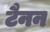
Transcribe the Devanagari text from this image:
टैनन